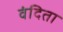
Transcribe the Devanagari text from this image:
वंदिता